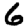
Digit: 6